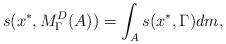
LaTeX: \begin{align*} s(x^*, M^D_{\Gamma} (A)) =\int_As(x^*,\Gamma) dm,\end{align*}